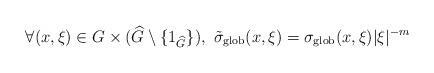
LaTeX: \begin{align*} \forall (x,\xi)\in G\times (\widehat{G}\setminus\{1_{\widehat{G}}\} ),\,\, \tilde \sigma_{\textnormal{glob}}(x,\xi)=\sigma_{\textnormal{glob}}(x,\xi)|\xi|^{-m}\end{align*}